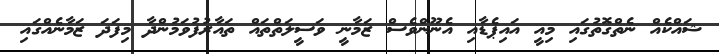
ޝައްކެއް ނެތްގޮތުގައި މިއީ އައިޕެޑާއި އެނޫންވެސް ޒަމާނީ ވަސީލަތްތައް ތައާރުފުވަމުންދާ މިފަދަ ޒަމާނެއްގައި